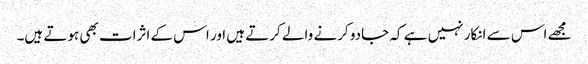
مجھے اس سے انکار نہیں ہے کہ جادو کرنے والے کرتے ہیں اور اس کے اثرات بھی ہوتے ہیں۔